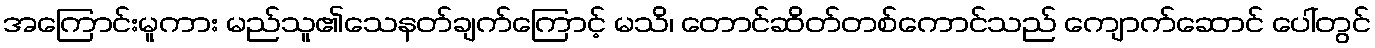
အကြောင်းမူကား မည်သူ၏သေနတ်ချက်ကြောင့် မသိ၊ တောင်ဆိတ်တစ်ကောင်သည် ကျောက်ဆောင် ပေါ်တွင်